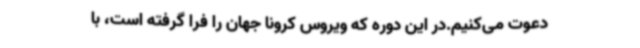
دعوت می‌کنیم.در این دوره که ویروس کرونا جهان را فرا گرفته است، با